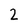
Character: 2